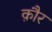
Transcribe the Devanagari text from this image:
क़ौर